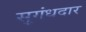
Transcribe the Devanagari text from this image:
सुगंधदार